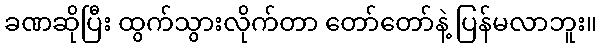
ခဏဆိုပြီး ထွက်သွားလိုက်တာ တော်တော်နဲ့ ပြန်မလာဘူး။